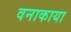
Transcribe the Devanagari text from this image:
वनाकाया